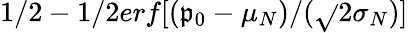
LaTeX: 1/2-1/2erf[(\mathfrak{p}_{0}-\mu_{N})/(\sqrt{}{{2}}\sigma_{N})]